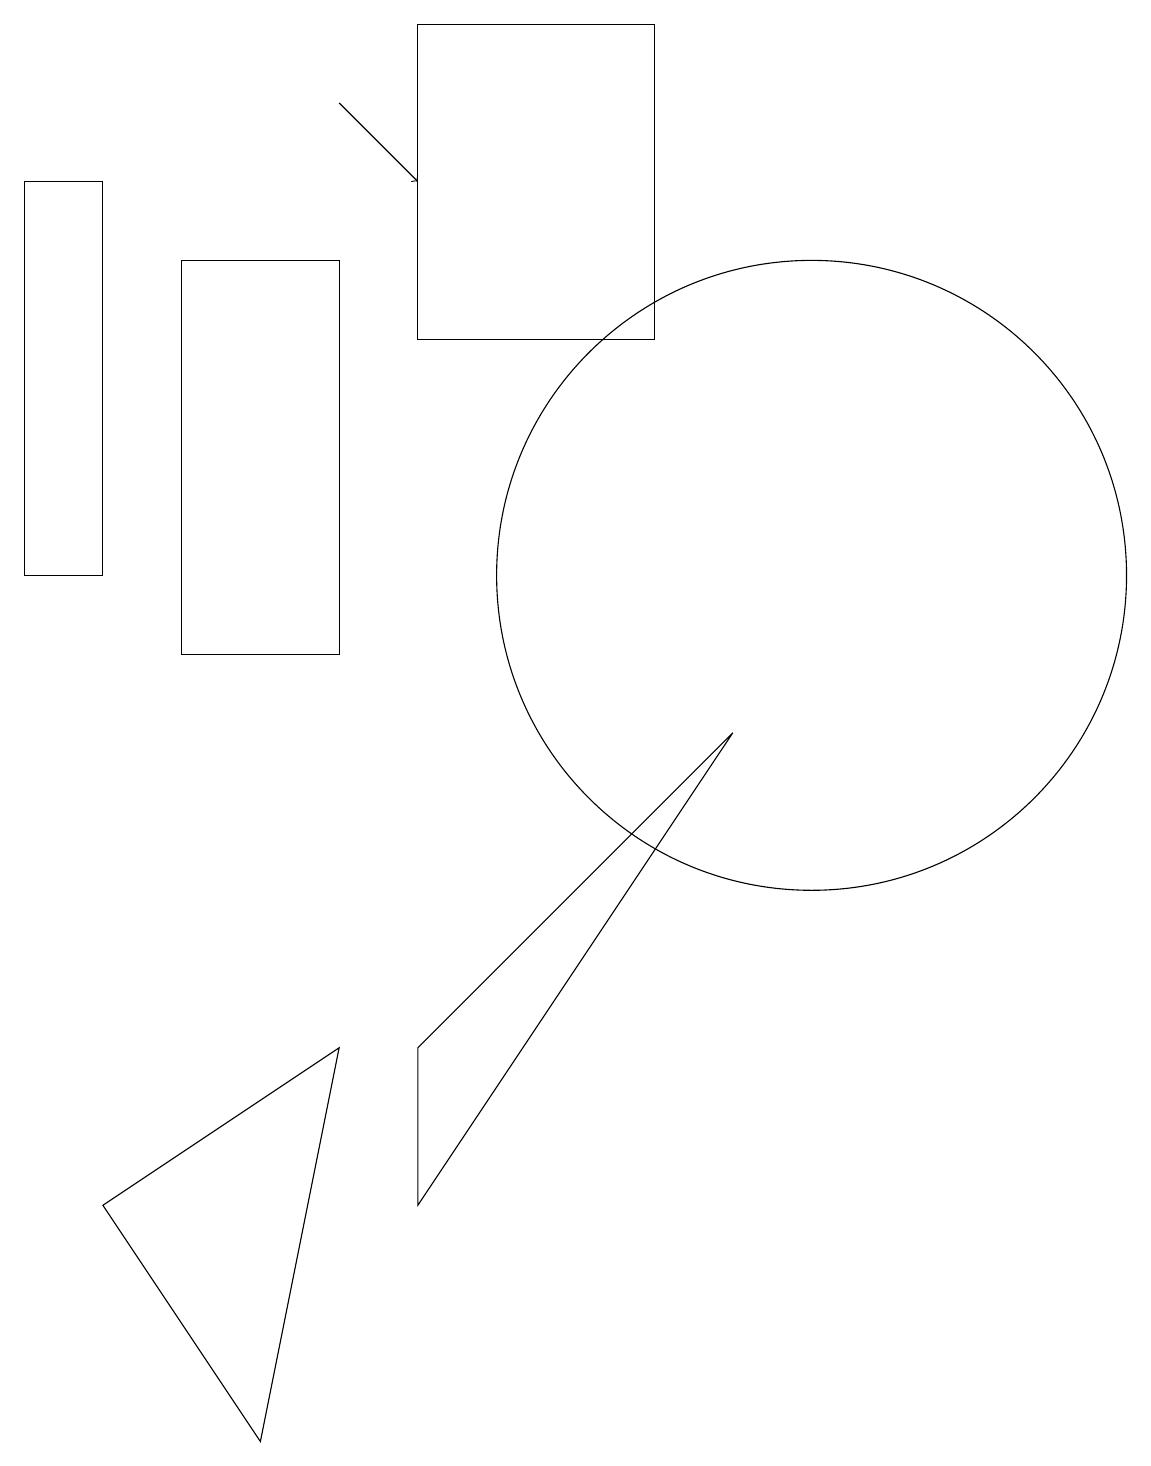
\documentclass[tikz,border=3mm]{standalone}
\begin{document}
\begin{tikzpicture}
\draw (10,11) circle (4);
\draw[->] (4,17) -- (5,16);
\draw (5,3) -- (5,5) -- (9,9) -- cycle;
\draw (4,10) rectangle (2,15);
\draw (5,14) rectangle (8,18);
\draw (1,16) rectangle (0,11);
\draw (1,3) -- (4,5) -- (3,0) -- cycle;
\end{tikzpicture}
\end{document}